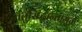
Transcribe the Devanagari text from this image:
तंतुसिद्धान्तामुळे